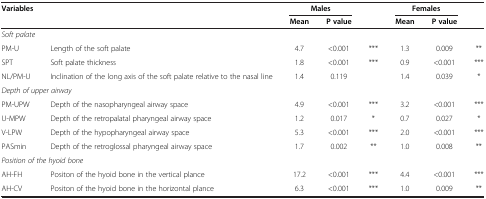
<table><thead><tr><td rowspan="2"><b>Variables</b></td><td><b> </b></td><td colspan="2"><b>Males</b></td><td><b> </b></td><td colspan="2"><b>Females</b></td><td><b> </b></td></tr><tr><td><b> </b></td><td><b>Mean</b></td><td><b>P value</b></td><td><b> </b></td><td><b>Mean</b></td><td><b>P value</b></td><td><b> </b></td></tr></thead><tbody><tr><td colspan="2"><i>Soft palate</i></td><td> </td><td> </td><td> </td><td> </td><td> </td><td> </td></tr><tr><td>PM-U</td><td>Length of the soft palate</td><td>4.7</td><td>&lt;0.001</td><td>***</td><td>1.3</td><td>0.009</td><td>**</td></tr><tr><td>SPT</td><td>Soft palate thickness</td><td>1.8</td><td>&lt;0.001</td><td>***</td><td>0.9</td><td>&lt;0.001</td><td>***</td></tr><tr><td>NL/PM-U</td><td>Inclination of the long axis of the soft palate relative to the nasal line</td><td>1.4</td><td>0.119</td><td> </td><td>1.4</td><td>0.039</td><td>*</td></tr><tr><td colspan="2"><i>Depth of upper airway</i></td><td> </td><td> </td><td> </td><td> </td><td> </td><td> </td></tr><tr><td>PM-UPW</td><td>Depth of the nasopharyngeal airway space</td><td>4.9</td><td>&lt;0.001</td><td>***</td><td>3.2</td><td>&lt;0.001</td><td>***</td></tr><tr><td>U-MPW</td><td>Depth of the retropalatal pharyngeal airway space</td><td>1.2</td><td>0.017</td><td>*</td><td>0.7</td><td>0.027</td><td>*</td></tr><tr><td>V-LPW</td><td>Depth of the hypopharyngeal airway space</td><td>5.3</td><td>&lt;0.001</td><td>***</td><td>2.0</td><td>&lt;0.001</td><td>***</td></tr><tr><td>PASmin</td><td>Depth of the retroglossal pharyngeal airway space</td><td>1.7</td><td>0.002</td><td>**</td><td>1.0</td><td>0.008</td><td>**</td></tr><tr><td colspan="2"><i>Position of the hyoid bone</i></td><td> </td><td> </td><td> </td><td> </td><td> </td><td> </td></tr><tr><td>AH-FH</td><td>Positon of the hyoid bone in the vertical plance</td><td>17.2</td><td>&lt;0.001</td><td>***</td><td>4.4</td><td>&lt;0.001</td><td>***</td></tr><tr><td>AH-CV</td><td>Positon of the hyoid bone in the horizontal plance</td><td>6.3</td><td>&lt;0.001</td><td>***</td><td>1.0</td><td>0.009</td><td>**</td></tr></tbody></table>